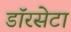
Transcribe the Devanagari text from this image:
डॉरसेटा